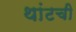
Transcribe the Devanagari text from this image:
थांटची